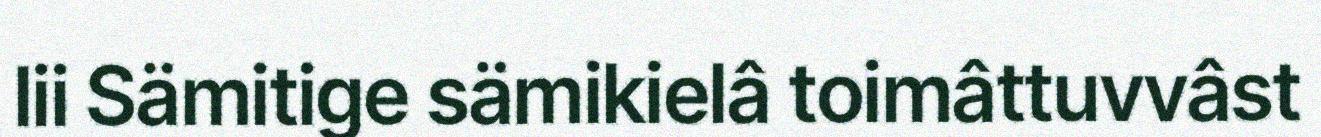
lii Sämitige sämikielâ toimâttuvvâst